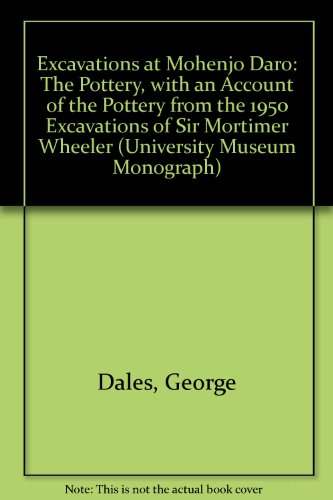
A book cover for Excavations at Mohenjo Daro, Pakistan: The Pottery, With an Account of the Pottery from the 1950 Excavations of Sir Mortimer Wheeler (University Museum Monograph); George Dales; History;